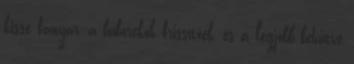
kissé fanyar, a buborékok frissítőek, és a legjobb behűtve